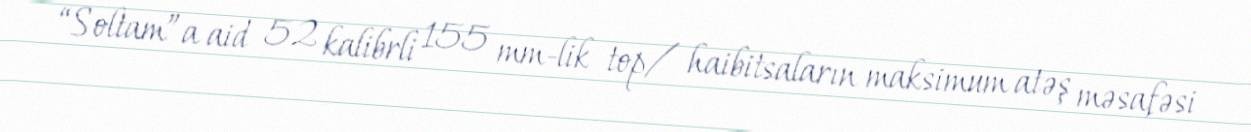
“Soltam”a aid 52 kalibrli 155 mm-lik top/ haibitsaların maksimum atəş məsafəsi